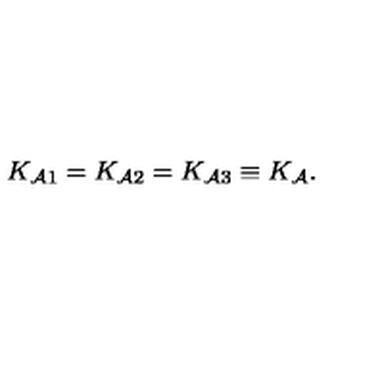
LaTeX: K _ { { \cal A } 1 } = K _ { { \cal A } 2 } = K _ { { \cal A } 3 } \equiv K _ { \cal A } .